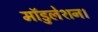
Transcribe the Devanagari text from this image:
मॉडुलेशन।